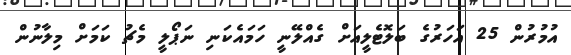
އުމުރުން 25 އަހަރުގެ ބަލޮޓެލީއަށް ގެއްލޭނީ ހަމައެކަނި ނަޕޯލީ މެޗު ކަމަށް މިލާނުން